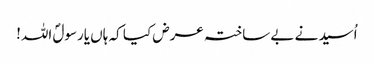
اُسید نے بے ساختہ عرض کیا کہ ہاں یارسولؐ اللہ!